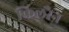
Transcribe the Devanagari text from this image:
किलरैन